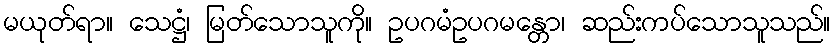
မယုတ်ရာ။ သေဋ္ဌံ၊ မြတ်သောသူကို။ ဥပဂမံဥပဂမန္တော၊ ဆည်းကပ်သောသူသည်။